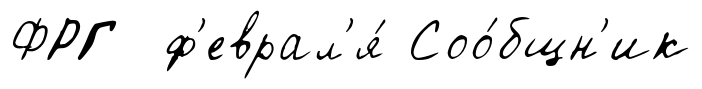
ФРГ ф'еврал'я́ Соо́бщн'ик